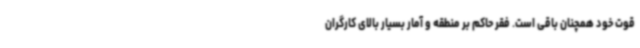
قوت خود همچنان باقی است. فقر حاکم بر منطقه و آمار بسیار بالای کارگران